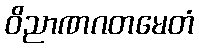
ဝိညာဏဂတမေတံ